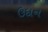
ઉદાન